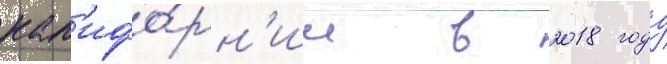
кал'ифо́рн'ии в 2018 году